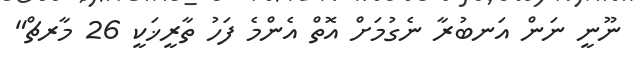
ނޫނީ ނަން އަނބުރާ ނެގުމަށް އޮތް އެންމެ ފަހު ތާރީޚަކީ 26 މާރޗް"